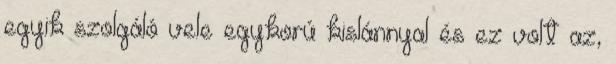
egyik szolgáló vele egykorú kislánnyal és ez volt az,